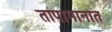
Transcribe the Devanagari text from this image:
तापामानात